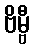
ဗိမ္ဗီ